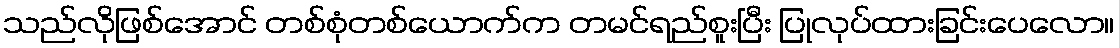
သည်လိုဖြစ်အောင် တစ်စုံတစ်ယောက်က တမင်ရည်စူးပြီး ပြုလုပ်ထားခြင်းပေလော။